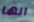
انها